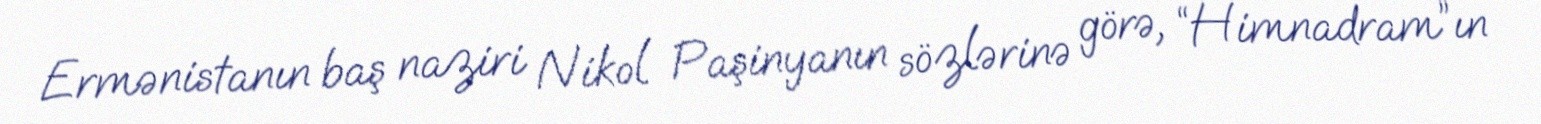
Ermənistanın baş naziri Nikol Paşinyanın sözlərinə görə, “Himnadram”ın